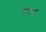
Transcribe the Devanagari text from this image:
कठपूतली